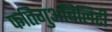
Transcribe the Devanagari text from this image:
फतिगुअबिलिटी